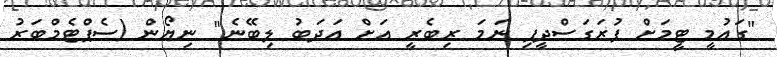
"ގައުމީ ޓީމަށް ފުރަގަސްދީފި ނަމަ ރިބެރީ އަށް އަދަބު ލިބޭނެ" ނިޔޯން (ސެޕްޓެމްބަރު